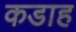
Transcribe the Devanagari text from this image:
कडाह